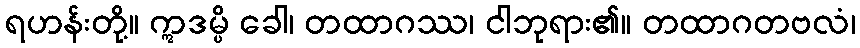
ရဟန်းတို့။ ဣဒမ္ပိ ခေါ၊ တထာဂဿ၊ ငါဘုရား၏။ တထာဂတဗလံ၊